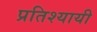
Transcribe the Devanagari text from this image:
प्रतिश्यायी